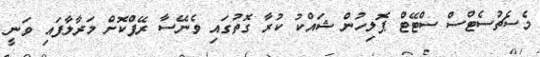
މެސެޗުސެޓްސް ސްޓޭޓް ޕޮލިހުން ޝައްކު ކުރާ ގޮތުގައި ވެނޭސާ ރޭޕްކޮށް މަރާލާފައި ވަނީ